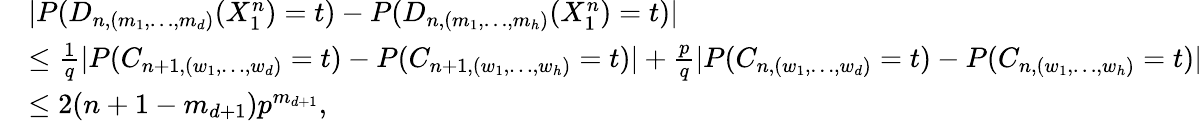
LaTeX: \begin{array}{rl}&{|P(D_{n,(m_{1},\ldots,m_{d})}(X_{1}^{n})=t)-P(D_{n,(m_{1},\ldots,m_{h})}(X_{1}^{n})=t)|}\\ &{\leq\frac{1}{q}\vert P(C_{n+1,(w_{1},\ldots,w_{d})}=t)-P(C_{n+1,(w_{1},\ldots,w_{h})}=t)\vert+\frac{p}{q}\vert P(C_{n,(w_{1},\ldots,w_{d})}=t)-P(C_{n,(w_{1},\ldots,w_{h})}=t)\vert}\\ &{\leq 2(n+1-m_{d+1})p^{m_{d+1}},}\end{array}